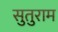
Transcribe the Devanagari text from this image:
सुतुराम